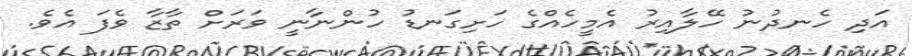
އަދި ހެނދުނު ހޭލާއިރު އެމީހެއްގެ ހަށިގަނޑު ހުންނާނީ ވަރަށް ތާޒާ ވެފަ އެވެ.